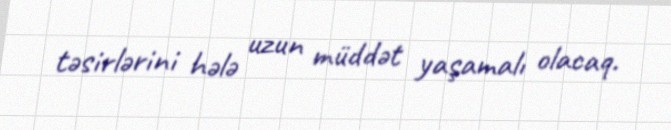
təsirlərini hələ uzun müddət yaşamalı olacaq.